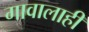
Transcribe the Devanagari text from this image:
गावालाही